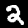
Digit: 2